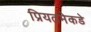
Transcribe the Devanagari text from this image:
प्रियतमेकडे